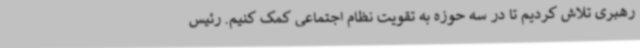
رهبری تلاش کردیم تا در سه حوزه به تقویت نظام اجتماعی کمک کنیم. رئیس